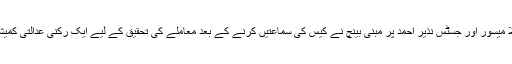
جسٹس جے چیلا میسور اور جسٹس نذیر احمد پر مبنی بینچ نے کیس کی سماعتیں کرنے کے بعد معاملے کی تحقیق کے لیے ایک رکنی عدالتی کمیشن مقرر کیا تھا۔